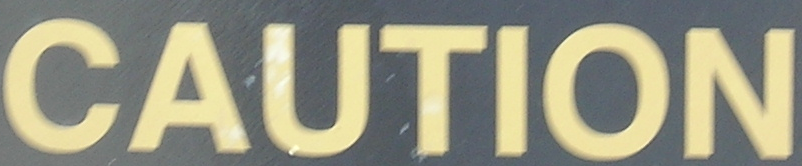
CAUTION